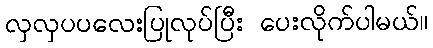
လှလှပပလေးပြုလုပ်ပြီး ပေးလိုက်ပါမယ်။